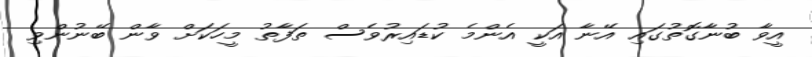
އީވާ ބުނާގޮތުގައި އޭނާ އަކީ އެންމެ ކުޑައިރުވެސް ތަފާތު މީހަކަށް ވާން ބޭނުންވި